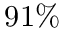
9 1 \%